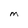
Character: M